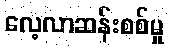
လေ့လာဆန်းစစ်မှု